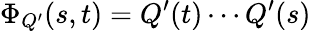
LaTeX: \Phi_{Q^{\prime}}(s,t)=Q^{\prime}(t)\cdots Q^{\prime}(s)